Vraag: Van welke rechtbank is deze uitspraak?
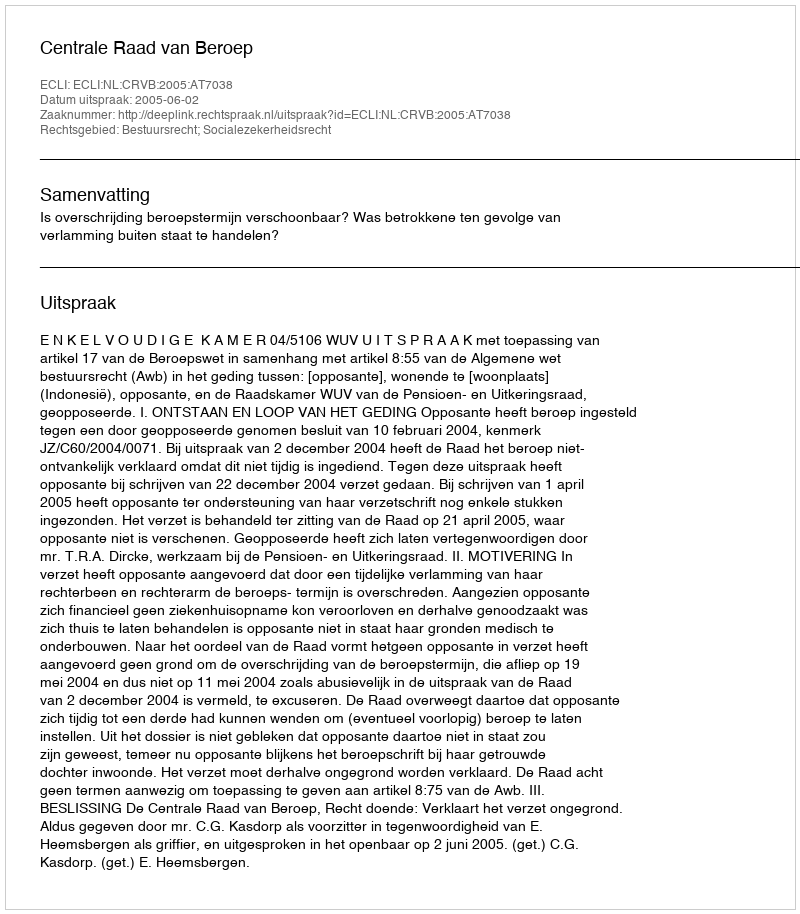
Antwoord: Centrale Raad van Beroep